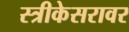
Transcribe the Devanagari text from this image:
स्त्रीकेसरावर